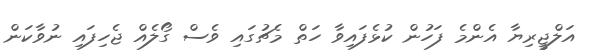
އަލްޖީރިޔާ އެންމެ ފަހުން ކުޅެފައިވާ ހަތް މެޗުގައި ވެސް ގޯލެއް ޖެހިފައި ނުވާކަން